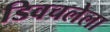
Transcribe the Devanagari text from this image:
डिवचलेला